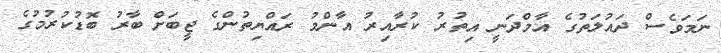
ނަމަވެސް ދައުލަތުގެ އާމްދަނީ އިތުރު ކުރާއިރު އާންމު ރައްޔިތުންގެ ޖީބަށް ބާރު ބޮޑުކުރުމުގެ